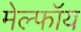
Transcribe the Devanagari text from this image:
मेल्फॉय